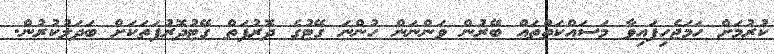
ކުރުމަށް ހަމަޖެހިފައިވާ މަސައްކަތްތައް ބޭރުން ވަންނަން ހުންނަ ގޭޓުގެ ދޮރުފަތް ގޭޓުދޮރުފަތަކަށް ބަދަލުކުރުން.